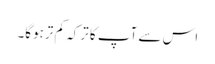
اس سے آپ کا ترکہ کم ترہوگا۔